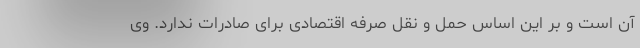
آن است و بر این اساس حمل و نقل صرفه اقتصادی برای صادرات ندارد. وی